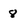
Character: 8